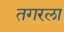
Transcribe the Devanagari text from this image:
तगरला